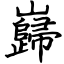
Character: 巋